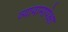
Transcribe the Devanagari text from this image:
व्यायामापेक्षा